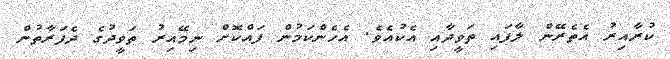
ކުރާއިރު އެތެރޭން ލާފައި ތަވީދާއި އެކުއެވެ. އެހެންކަމުން ފައްކޮށް ނިމޭއިރު ތަވީދުގެ ދެފަރާތުން